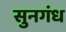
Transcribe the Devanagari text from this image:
सुनगंध